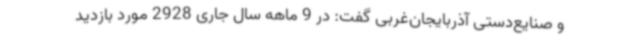
و صنایع‌دستی آذربایجان‌غربی گفت: در 9 ماهه سال جاری 2928 مورد بازدید